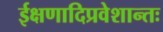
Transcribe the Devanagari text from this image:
ईक्षणादिप्रवेशान्तः